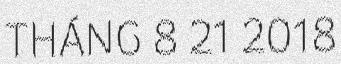
THÁNG 8 21 2018